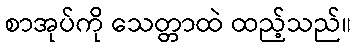
စာအုပ်ကို သေတ္တာထဲ ထည့်သည်။